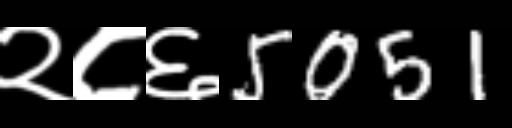
Text: २८६5051